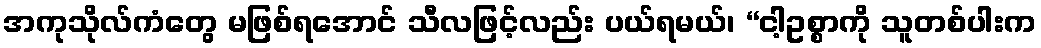
အကုသိုလ်ကံတွေ မဖြစ်ရအောင် သီလဖြင့်လည်း ပယ်ရမယ်၊ “ငါ့ဥစ္စာကို သူတစ်ပါးက